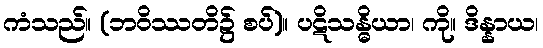
ကံသည်။ (ဘဝိဿတိ၌ စပ်)။ ပဋိသန္ဓိယာ၊ ကို။ ဒိန္နာယ၊